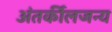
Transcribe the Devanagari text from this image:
अंतर्कीलजन्य